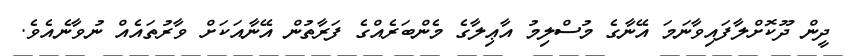
ދީން ދޫކޮށްލާފައިވާނަމަ އޭނާގެ މުސްލިމު އާޢިލާގެ މެންބަރެއްގެ ފަރާތުން އޭނާއަކަށް ވާރުތައެއް ނުވާނެއެވެ.